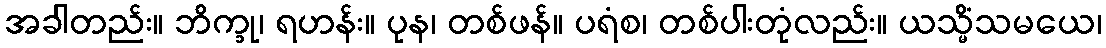
အခါတည်း။ ဘိက္ခု၊ ရဟန်း။ ပုန၊ တစ်ဖန်။ ပရံစ၊ တစ်ပါးတုံလည်း။ ယသ္မိံသမယေ၊